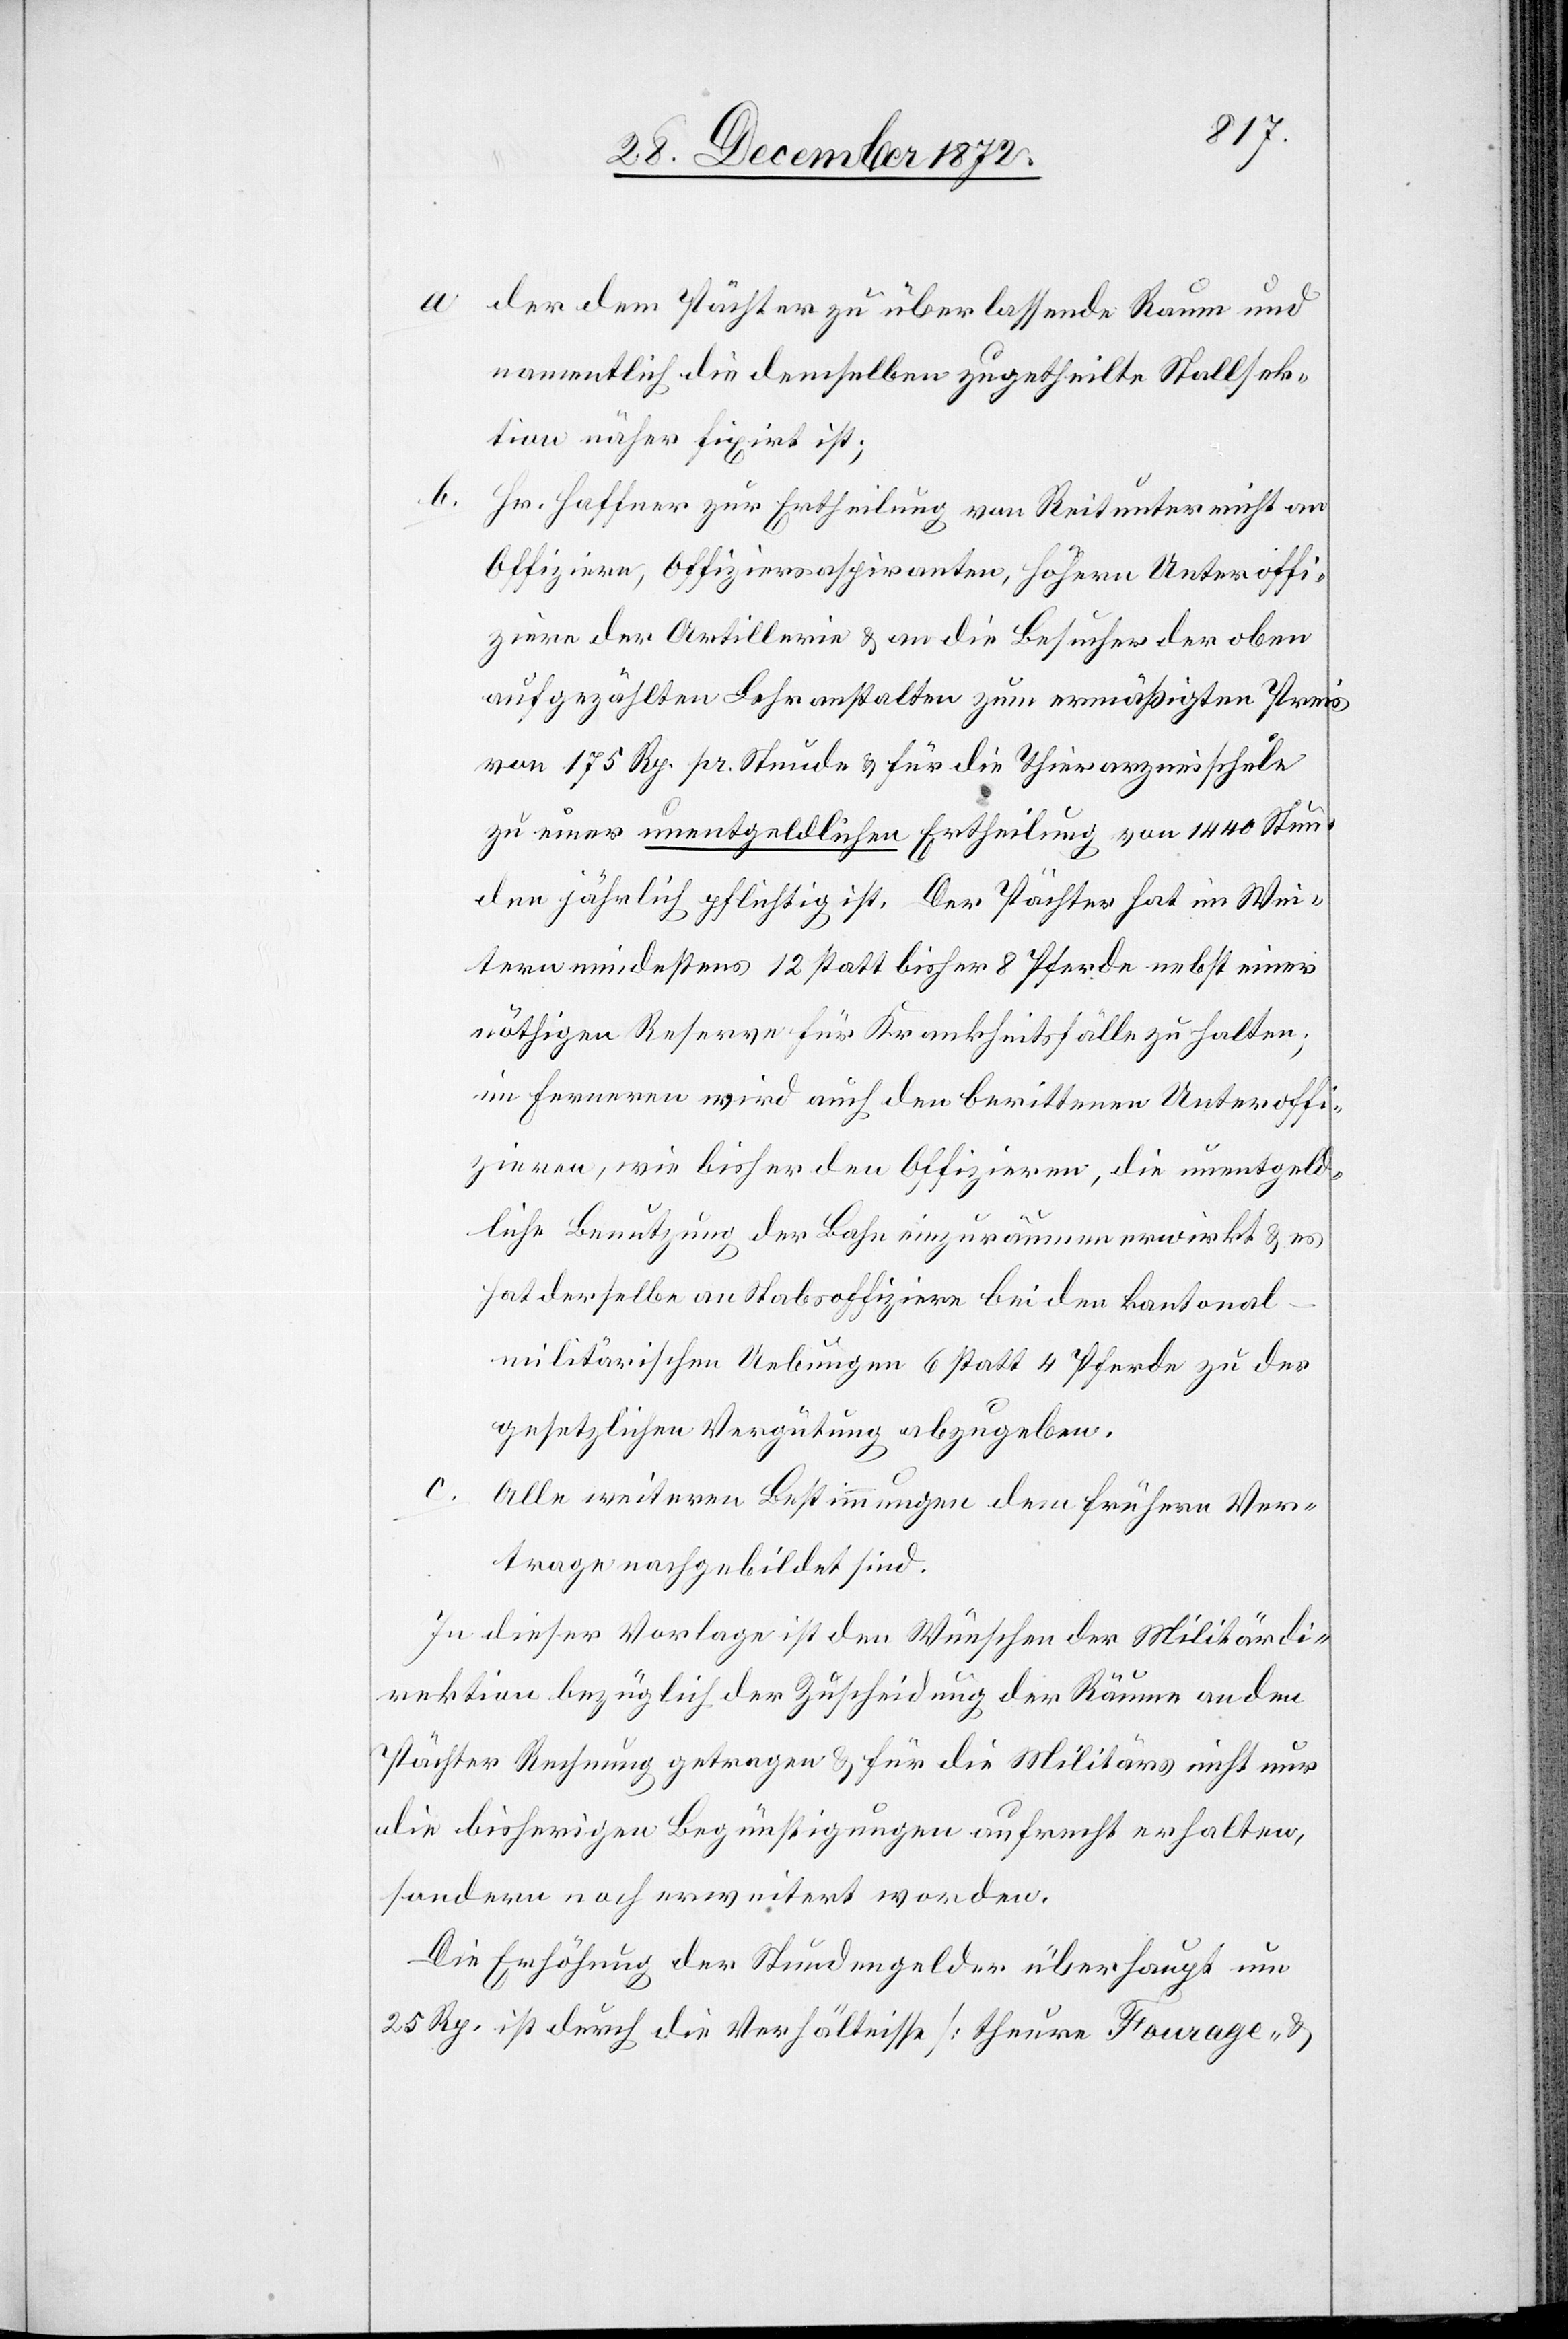
a. der dem Pächter zu überlassende Raum und
namentlich die demselben zugetheilte Stellsek¬
tion näher fixirt ist;
b.
Hr. Haffner zur Ertheilung von Reitunterricht an
Offiziere, Offiziersaspiranten, höhere Unteroffi¬
ziere der Artillerie u. an die Besucher der oben
aufgezählten Lehranstalten zum ermäßigten Preis
von 175 Rp. pr. Stunde u. für die Thierarzneischule
zu einer unentgeldlichen Ertheilung von 1440 Stun¬
den jährlich pflichtig ist. Der Pächter hat im Wei¬
tern mindestens 12 statt bisher 8 Pferde nebst einer
nöthigen Reserve für Krankheitsfälle zu halten;
im Ferneren wird auch den berittenen Unteroffi¬
zieren, wie bisher den Offizieren, die unentgeld¬
liche Benutzung der Bahn einzuräumen erwirkt u. es
hat derselbe an Stabsoffiziere bei den kantonal-m¬
ilitärischen Uebungen 6 statt 4 Pferde zu der
gesetzlichen Vergütung abzugeben.
c.
Alle weiteren Bestimmungen dem frühern Ver¬
trage nachgebildet sind.
In dieser Vorlage ist den Wünschen der Militärdi¬
rektion bezüglich der Zuscheidung der Räume an den
Pächter Rechnung getragen u. für die Militärs nicht nur
die bisherigen Begünstigungen aufrecht erhalten,
sondern noch erweitert worden.
Die Erhöhung der Stundengelder überhaupt um
25 Rp. ist durch die Verhältnisse [theure Fourage- u.